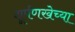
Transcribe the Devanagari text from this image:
शूर्पणखेच्या